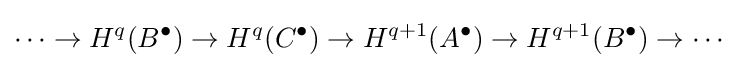
\cdots \rightarrow H^{q}(B^{\bullet })\rightarrow H^{q}(C^{\bullet })\rightarrow H^{q+1}(A^{\bullet })\rightarrow H^{q+1}(B^{\bullet })\rightarrow \cdots